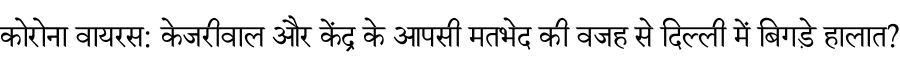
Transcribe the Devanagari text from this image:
कोरोना वायरस: केजरीवाल और केंद्र के आपसी मतभेद की वजह से दिल्ली में बिगड़े हालात?